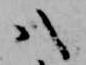
八